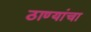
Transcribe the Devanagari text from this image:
ठाण्यांचा